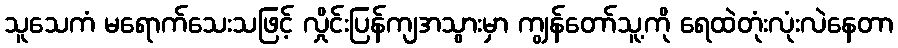
သူသေကံ မရောက်သေးသဖြင့် လှိုင်းပြန်ကျအသွားမှာ ကျွန်တော်သူ့ကို ရေထဲတုံးလုံးလဲနေတာ